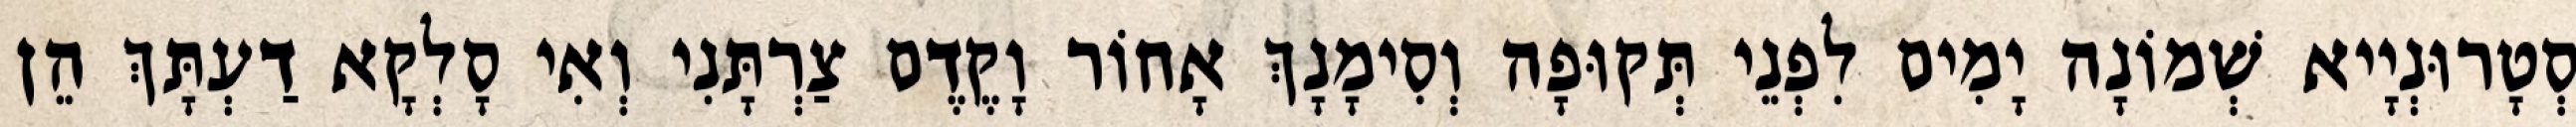
סְטָרוּנְיָיא שְׁמוֹנָה יָמִים לִפְנֵי תְּקוּפָה וְסִימָנָךְ אָחוֹר וָקֶדֶם צַרְתָּנִי וְאִי סָלְקָא דַעְתָּךְ הֵן